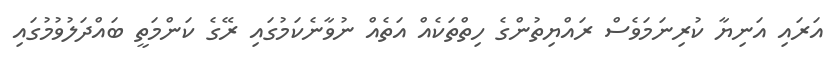
އަރައި އަނިޔާ ކުރިނަމަވެސް ރައްޔިތުންގެ ހިތްތަކެއް އަތެއް ނުވާނެކަމުގައި ރޭގެ ކަންމަތީ ބައްދަލުވުމުގައި